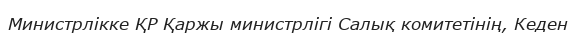
Министрлікке ҚР Қаржы министрлігі Салық комитетінің, Кеден